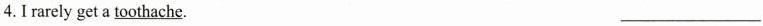
4.I rarely get a \underline{toothache}. ___